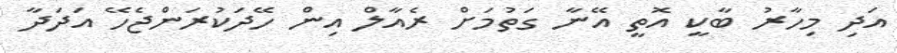
އަދި މިހާރު ބާކީ އޮތީ އޭނާ ގަތުމަށް ރެއާލް އިން ހޭދަކުރަންޖެހޭ އަދަދާ